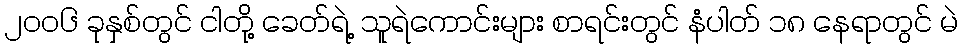
၂၀၀၆ ခုနှစ်တွင် ငါတို့ ခေတ်ရဲ့ သူရဲကောင်းများ စာရင်းတွင် နံပါတ် ၁၈ နေရာတွင် မဲ